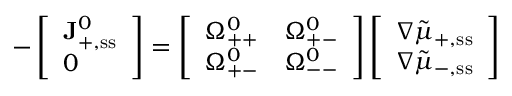
- \left[ \begin{array} { l } { \mathbf { J } _ { + , \ensuremath { \mathrm { s s } } } ^ { 0 } } \\ { 0 } \end{array} \right] = \left[ \begin{array} { l l } { \Omega _ { + + } ^ { 0 } } & { \Omega _ { + - } ^ { 0 } } \\ { \Omega _ { + - } ^ { 0 } } & { \Omega _ { -- } ^ { 0 } } \end{array} \right] \left[ \begin{array} { l } { \nabla \tilde { \mu } _ { + , \ensuremath { \mathrm { s s } } } } \\ { \nabla \tilde { \mu } _ { - , \ensuremath { \mathrm { s s } } } } \end{array} \right]